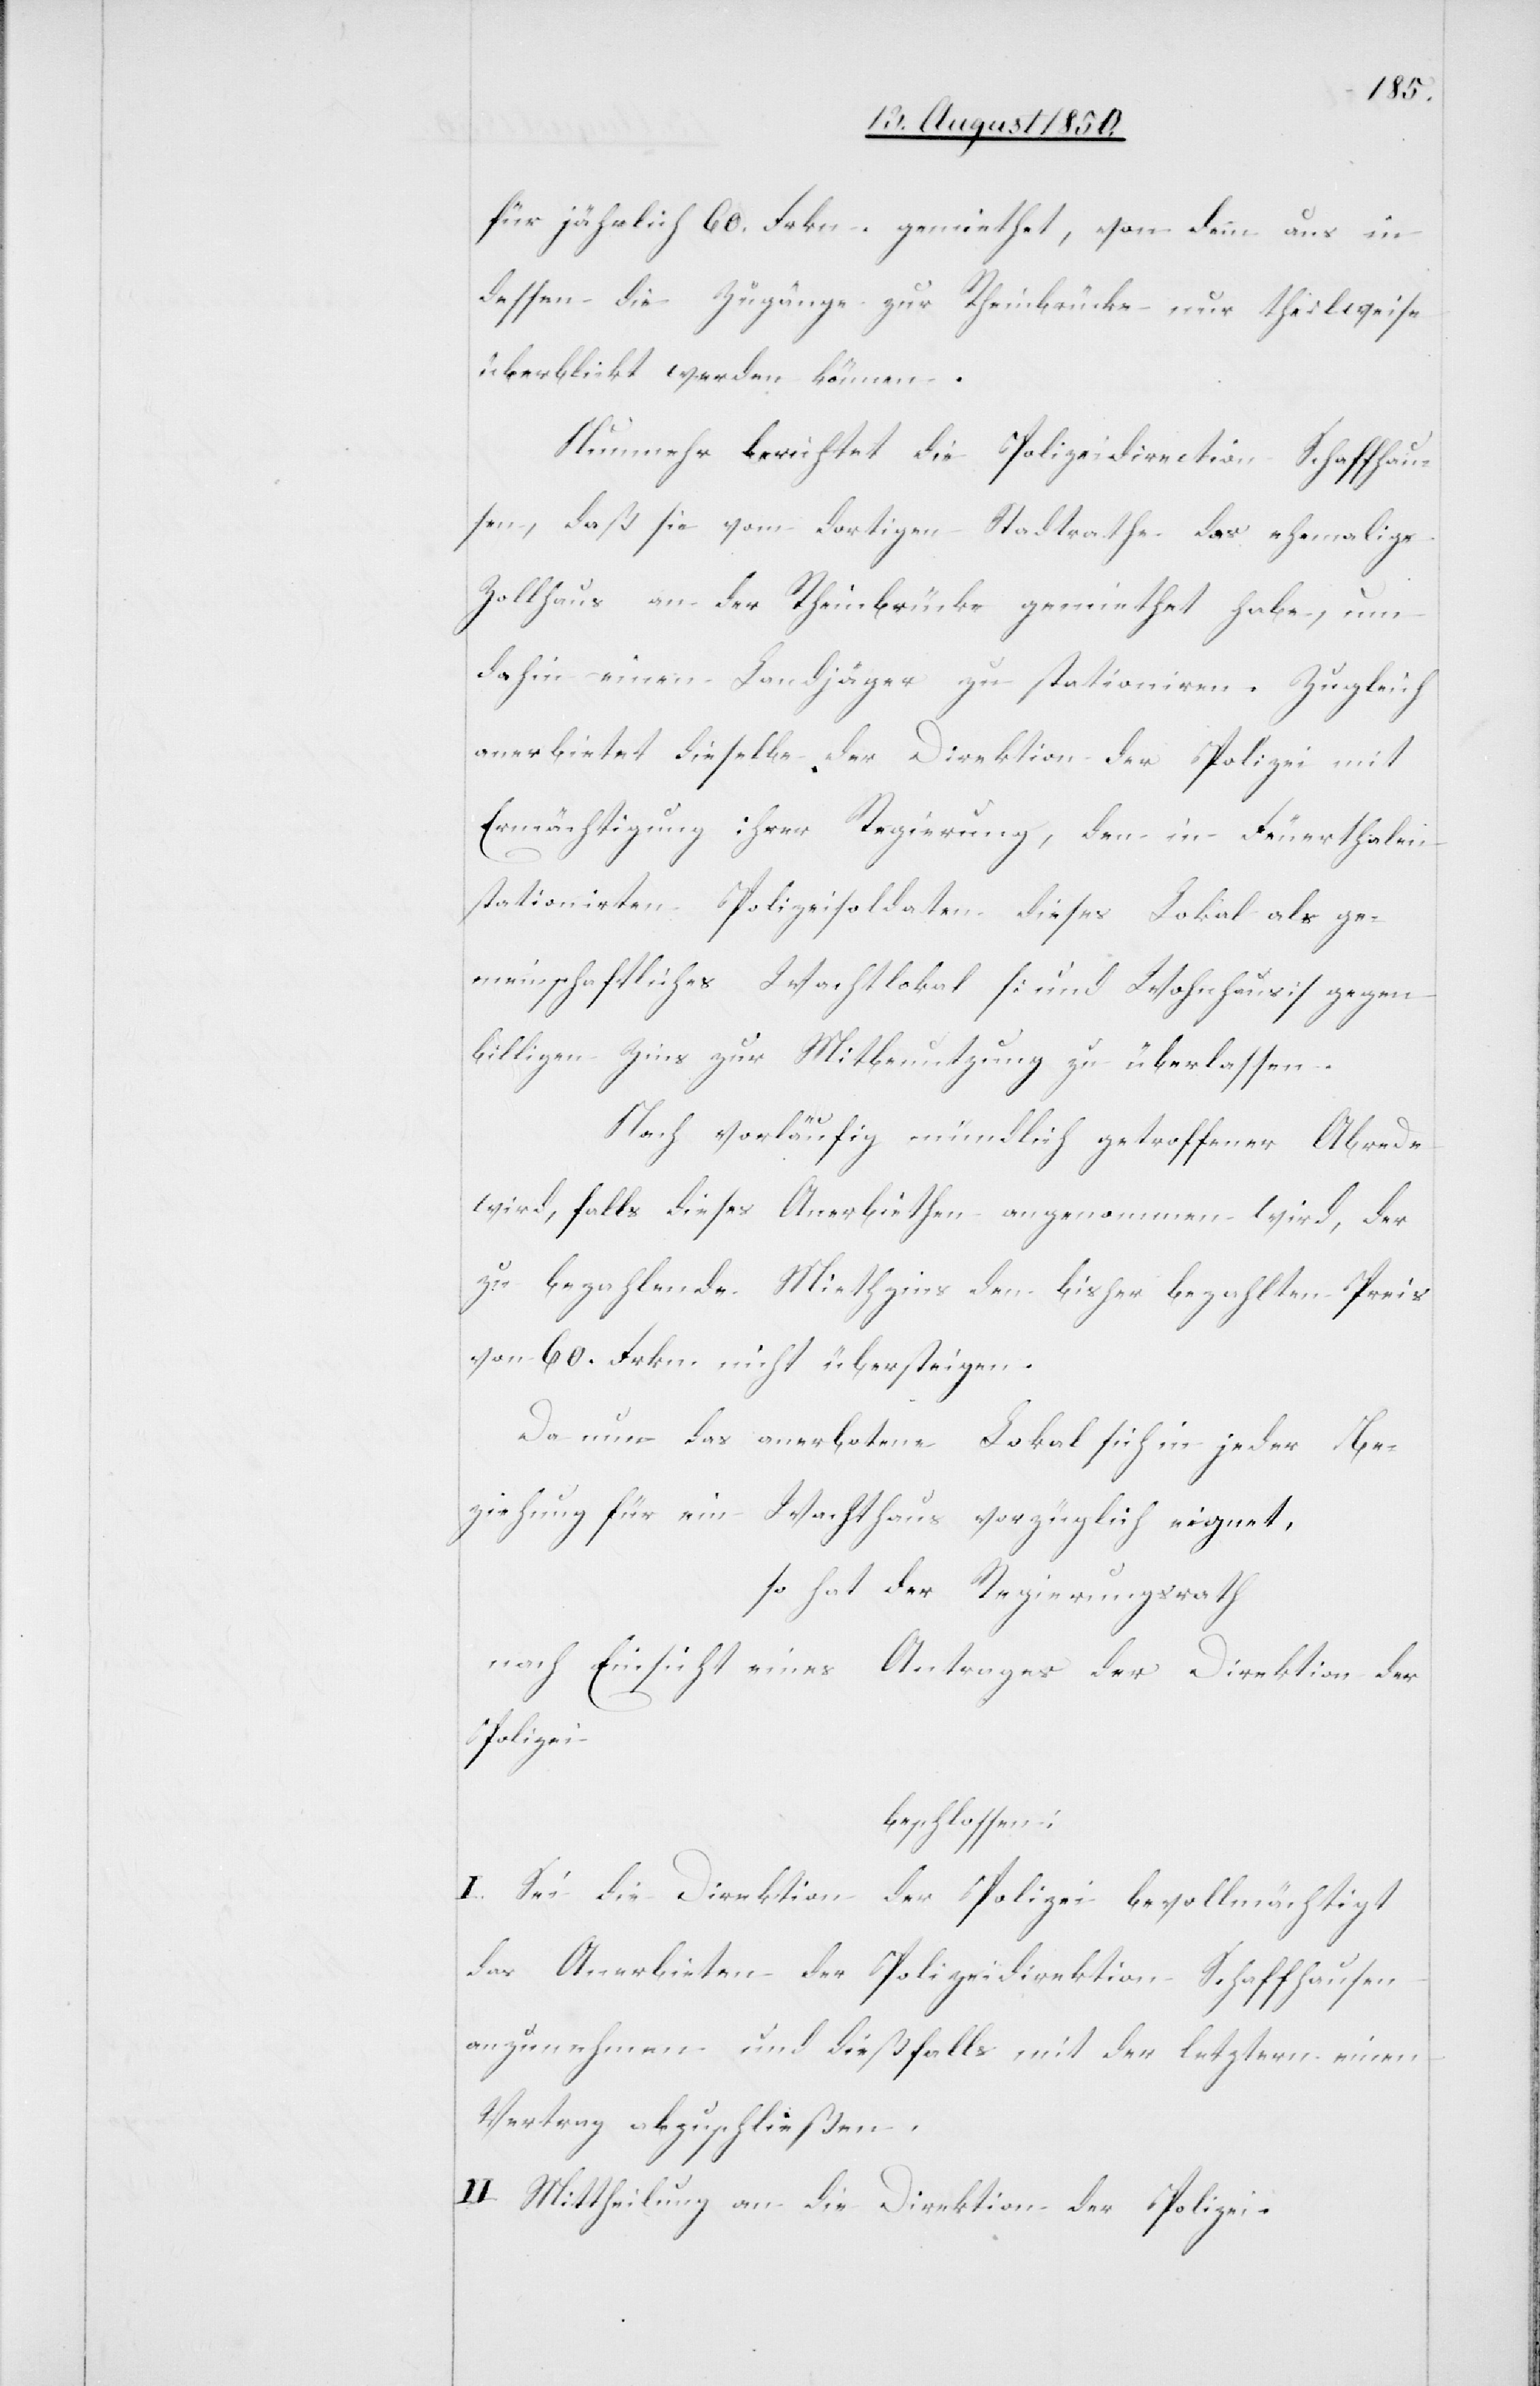
für jährlich 60. Frnk. gemiethet, von dem aus in
dessen die Zugänge zur Rheinbrücke nur theilweise
überblickt werden können.
Nunmehr berichtet die Polizeidirection Schaffhau¬
sen, daß sie vom dortigen Stadtrathe das ehemalige
Zollhaus an der Rheinbrücke gemiethet habe, um
dahin einen Landjäger zu stationiren. Zugleich
anerbietet dieselbe der Direktion der Polizei mit
Ermächtigung ihrer Regierung, den in Feuerthalen
stationirten Polizeisoldaten dieses Lokal als ge¬
meinschaftliches Wachtlokal [und Wohnhaus] gegen
billigen Zins zur Mitbenutzung zu überlassen.
Nach vorläufig mündlich getroffener Abrede
wird, falls dieses Anerbiethen angenommen wird, der
zu bezahlende Miethzins den bisher bezahlten Preis
von 60. Frkn. nicht übersteigen.
Da nun das anerbotene Lokal sich in jeder Be¬
ziehung für ein Wachthaus vorzüglich eignet,
so hat der Regierungsrath
nach Einsicht eines Antrages der Direktion der
Polizei
beschlossen:
I. Sei die Direktion der Polizei bevollmächtigt
das Anerbieten der Polizeidirektion Schaffhausen
anzunehmen und dießfalls mit der letztern einen
Vertrag abzuschließen.
II. Mittheilung an die Direktion der Polizei.